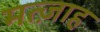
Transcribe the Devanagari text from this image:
मत्ज़ाह